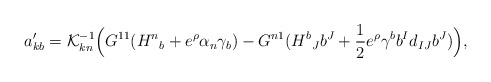
\begin{align*}a'_{kb}={\cal K}^{-1}_{kn} \Bigl ( G^{11}({H^n}_b+ e^{\rho}\alpha_n \gamma_b)-G^{n1}({H^b}_Jb^J+{1\over 2}e^{\rho}\gamma^b b^I d_{IJ} b^J) \Bigr),\end{align*}